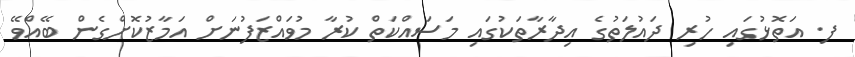
ފ. އަތޮޅުގައި ހުރި ދައުލަތުގެ އިދާރާތަކުގައި މަސައްކަތް ކުރާ މުވައްޒަފުނަށް އަމާޒުކޮށްގެން ބޭއްވޭ